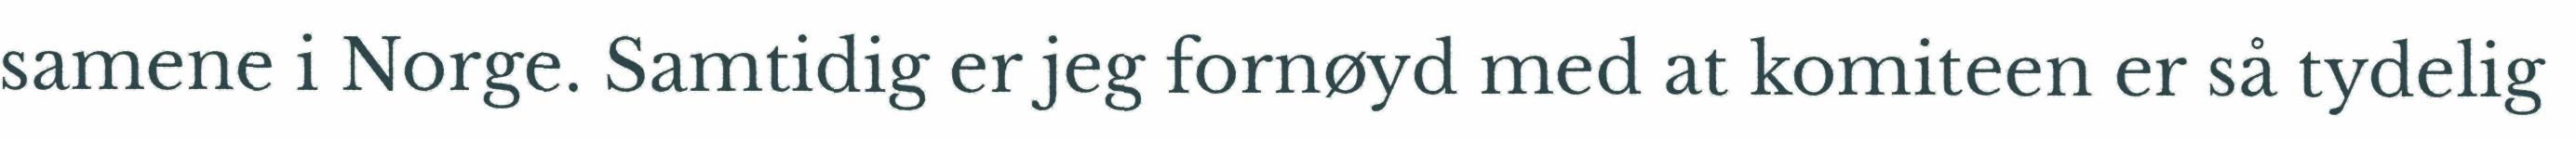
samene i Norge. Samtidig er jeg fornøyd med at komiteen er så tydelig